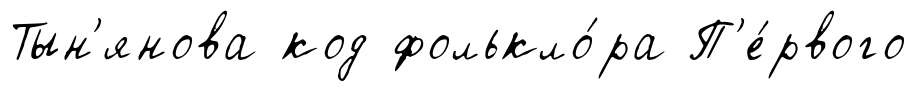
Тын'янова код фолькло́ра П'е́рвого